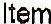
ITEM